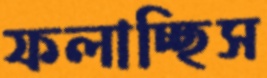
ফলাচ্ছিস